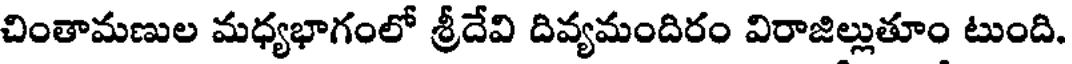
చింతామణుల మధ్యభాగంలో శ్రీదేవి దివ్యమందిరం విరాజిల్లుతూం టుంది.